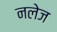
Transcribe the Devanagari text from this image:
नलेज